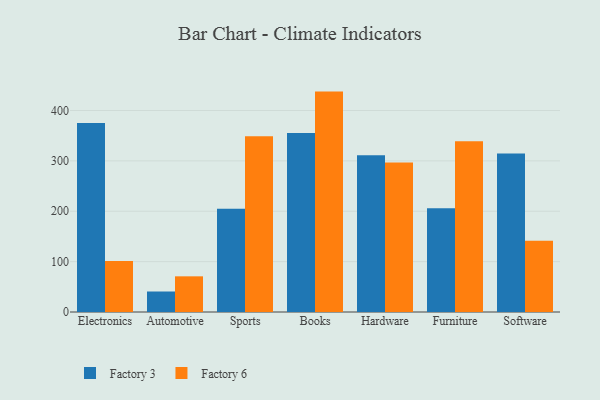
{"axis": {"x": "Category", "y": "Production Output"}, "legend": ["Factory 3", "Factory 6"], "data": [{"x": "Electronics", "y": 375.0, "type": "Factory 3"}, {"x": "Electronics", "y": 101.4, "type": "Factory 6"}, {"x": "Automotive", "y": 40.7, "type": "Factory 3"}, {"x": "Automotive", "y": 70.8, "type": "Factory 6"}, {"x": "Sports", "y": 204.9, "type": "Factory 3"}, {"x": "Sports", "y": 349.0, "type": "Factory 6"}, {"x": "Books", "y": 355.2, "type": "Factory 3"}, {"x": "Books", "y": 437.5, "type": "Factory 6"}, {"x": "Hardware", "y": 311.2, "type": "Factory 3"}, {"x": "Hardware", "y": 297.0, "type": "Factory 6"}, {"x": "Furniture", "y": 205.7, "type": "Factory 3"}, {"x": "Furniture", "y": 339.0, "type": "Factory 6"}, {"x": "Software", "y": 314.4, "type": "Factory 3"}, {"x": "Software", "y": 141.4, "type": "Factory 6"}]}